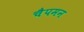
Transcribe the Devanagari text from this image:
चैपमन